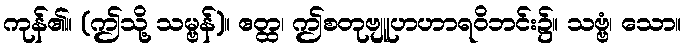
ကုန်၏။ (ဤသို့ သမ္ဗန်)။ ဧတ္ထ၊ ဤစတုဗျူဟဟာရဝိဘင်း၌။ သဗ္ဗံ၊ သော။